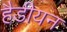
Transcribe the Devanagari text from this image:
हैडीयन